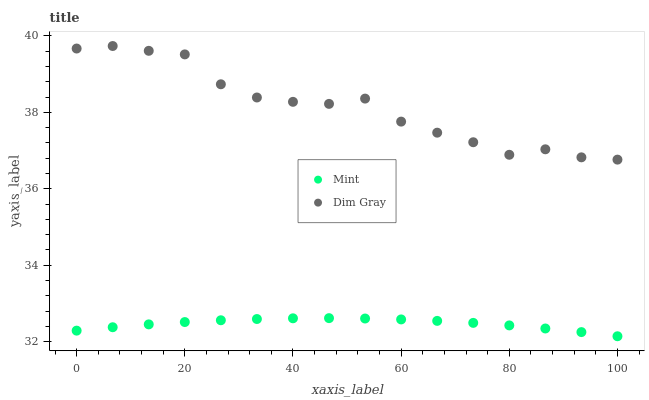
| xaxis_label | Mint | Dim Gray |
 | --- | --- | --- |
 | 0 | 32.3 | 39.7 |
 | 6.67 | 32.4 | 39.7 |
 | 13.3 | 32.5 | 39.6 |
 | 20 | 32.5 | 39.5 |
 | 26.7 | 32.6 | 38.7 |
 | 33.3 | 32.6 | 38.4 |
 | 40 | 32.6 | 38.3 |
 | 46.7 | 32.6 | 38.2 |
 | 53.3 | 32.6 | 38.4 |
 | 60 | 32.6 | 37.8 |
 | 66.7 | 32.5 | 37.5 |
 | 73.3 | 32.5 | 37.2 |
 | 80 | 32.4 | 36.9 |
 | 86.7 | 32.3 | 37 |
 | 93.3 | 32.2 | 36.8 |
 | 100 | 32.1 | 36.8 |